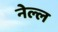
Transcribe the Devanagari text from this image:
नेल्ल